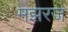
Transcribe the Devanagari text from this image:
मझरज